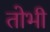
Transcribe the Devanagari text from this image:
तोभी